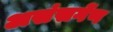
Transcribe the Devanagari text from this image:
असंसर्गेण